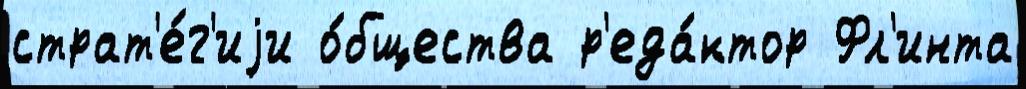
страт'е́г'иjи о́бщества р'еда́ктор Фл'инта